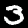
Digit: 3